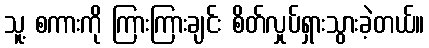
သူ့ စကားကို ကြားကြားချင်း စိတ်လှုပ်ရှားသွားခဲ့တယ်။